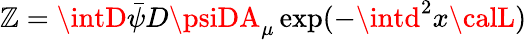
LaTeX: {\cal\mathbb{Z}}=\intD\bar{{\psi}}D\psiDA_{\mu}\exp(-\intd^{2}x{\calL})